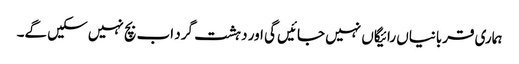
ہماری قربانیاں رائیگاں نہیں جائیں گی اور دہشت گرد اب بچ نہیں سکیں گے۔